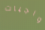
واجبات